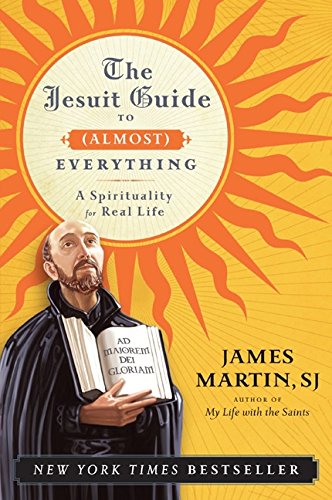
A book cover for The Jesuit Guide to (Almost) Everything: A Spirituality for Real Life; James Martin; Christian Books & Bibles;